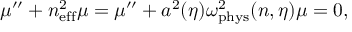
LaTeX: \mu ^ { \prime \prime } + n _ { \mathrm { e f f } } ^ { 2 } \mu = \mu ^ { \prime \prime } + a ^ { 2 } ( \eta ) \omega _ { \mathrm { p h y s } } ^ { 2 } ( n , \eta ) \mu = 0 ,